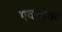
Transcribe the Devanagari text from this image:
एकचेक